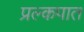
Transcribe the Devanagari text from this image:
प्रल्कपात